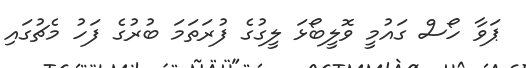
ޕަވާ ހޯސް ގައުމީ ވޮލީބޯޅަ ލީގުގެ ފުރަތަމަ ބުރުގެ ފަހު މެޗުގައި